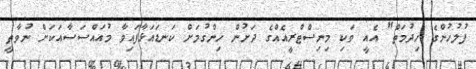
ފުލުހުންގެ ހިދުމަތް" އެެއީ ވަކި މިނިސްޓްރީއެއްގެ ދަށުން ހިންގުމަށް ކަނޑައަޅާފައިވާ މުއައްސަސާއަކަށް ނުވާތީ